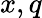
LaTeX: x,q